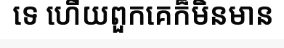
ទេ ហើយពួកគេក៏មិនមាន